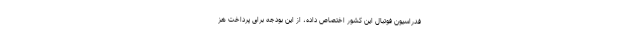
فدراسیون فوتبال این کشور اختصاص داده، از این بودجه برای پرداخت هز